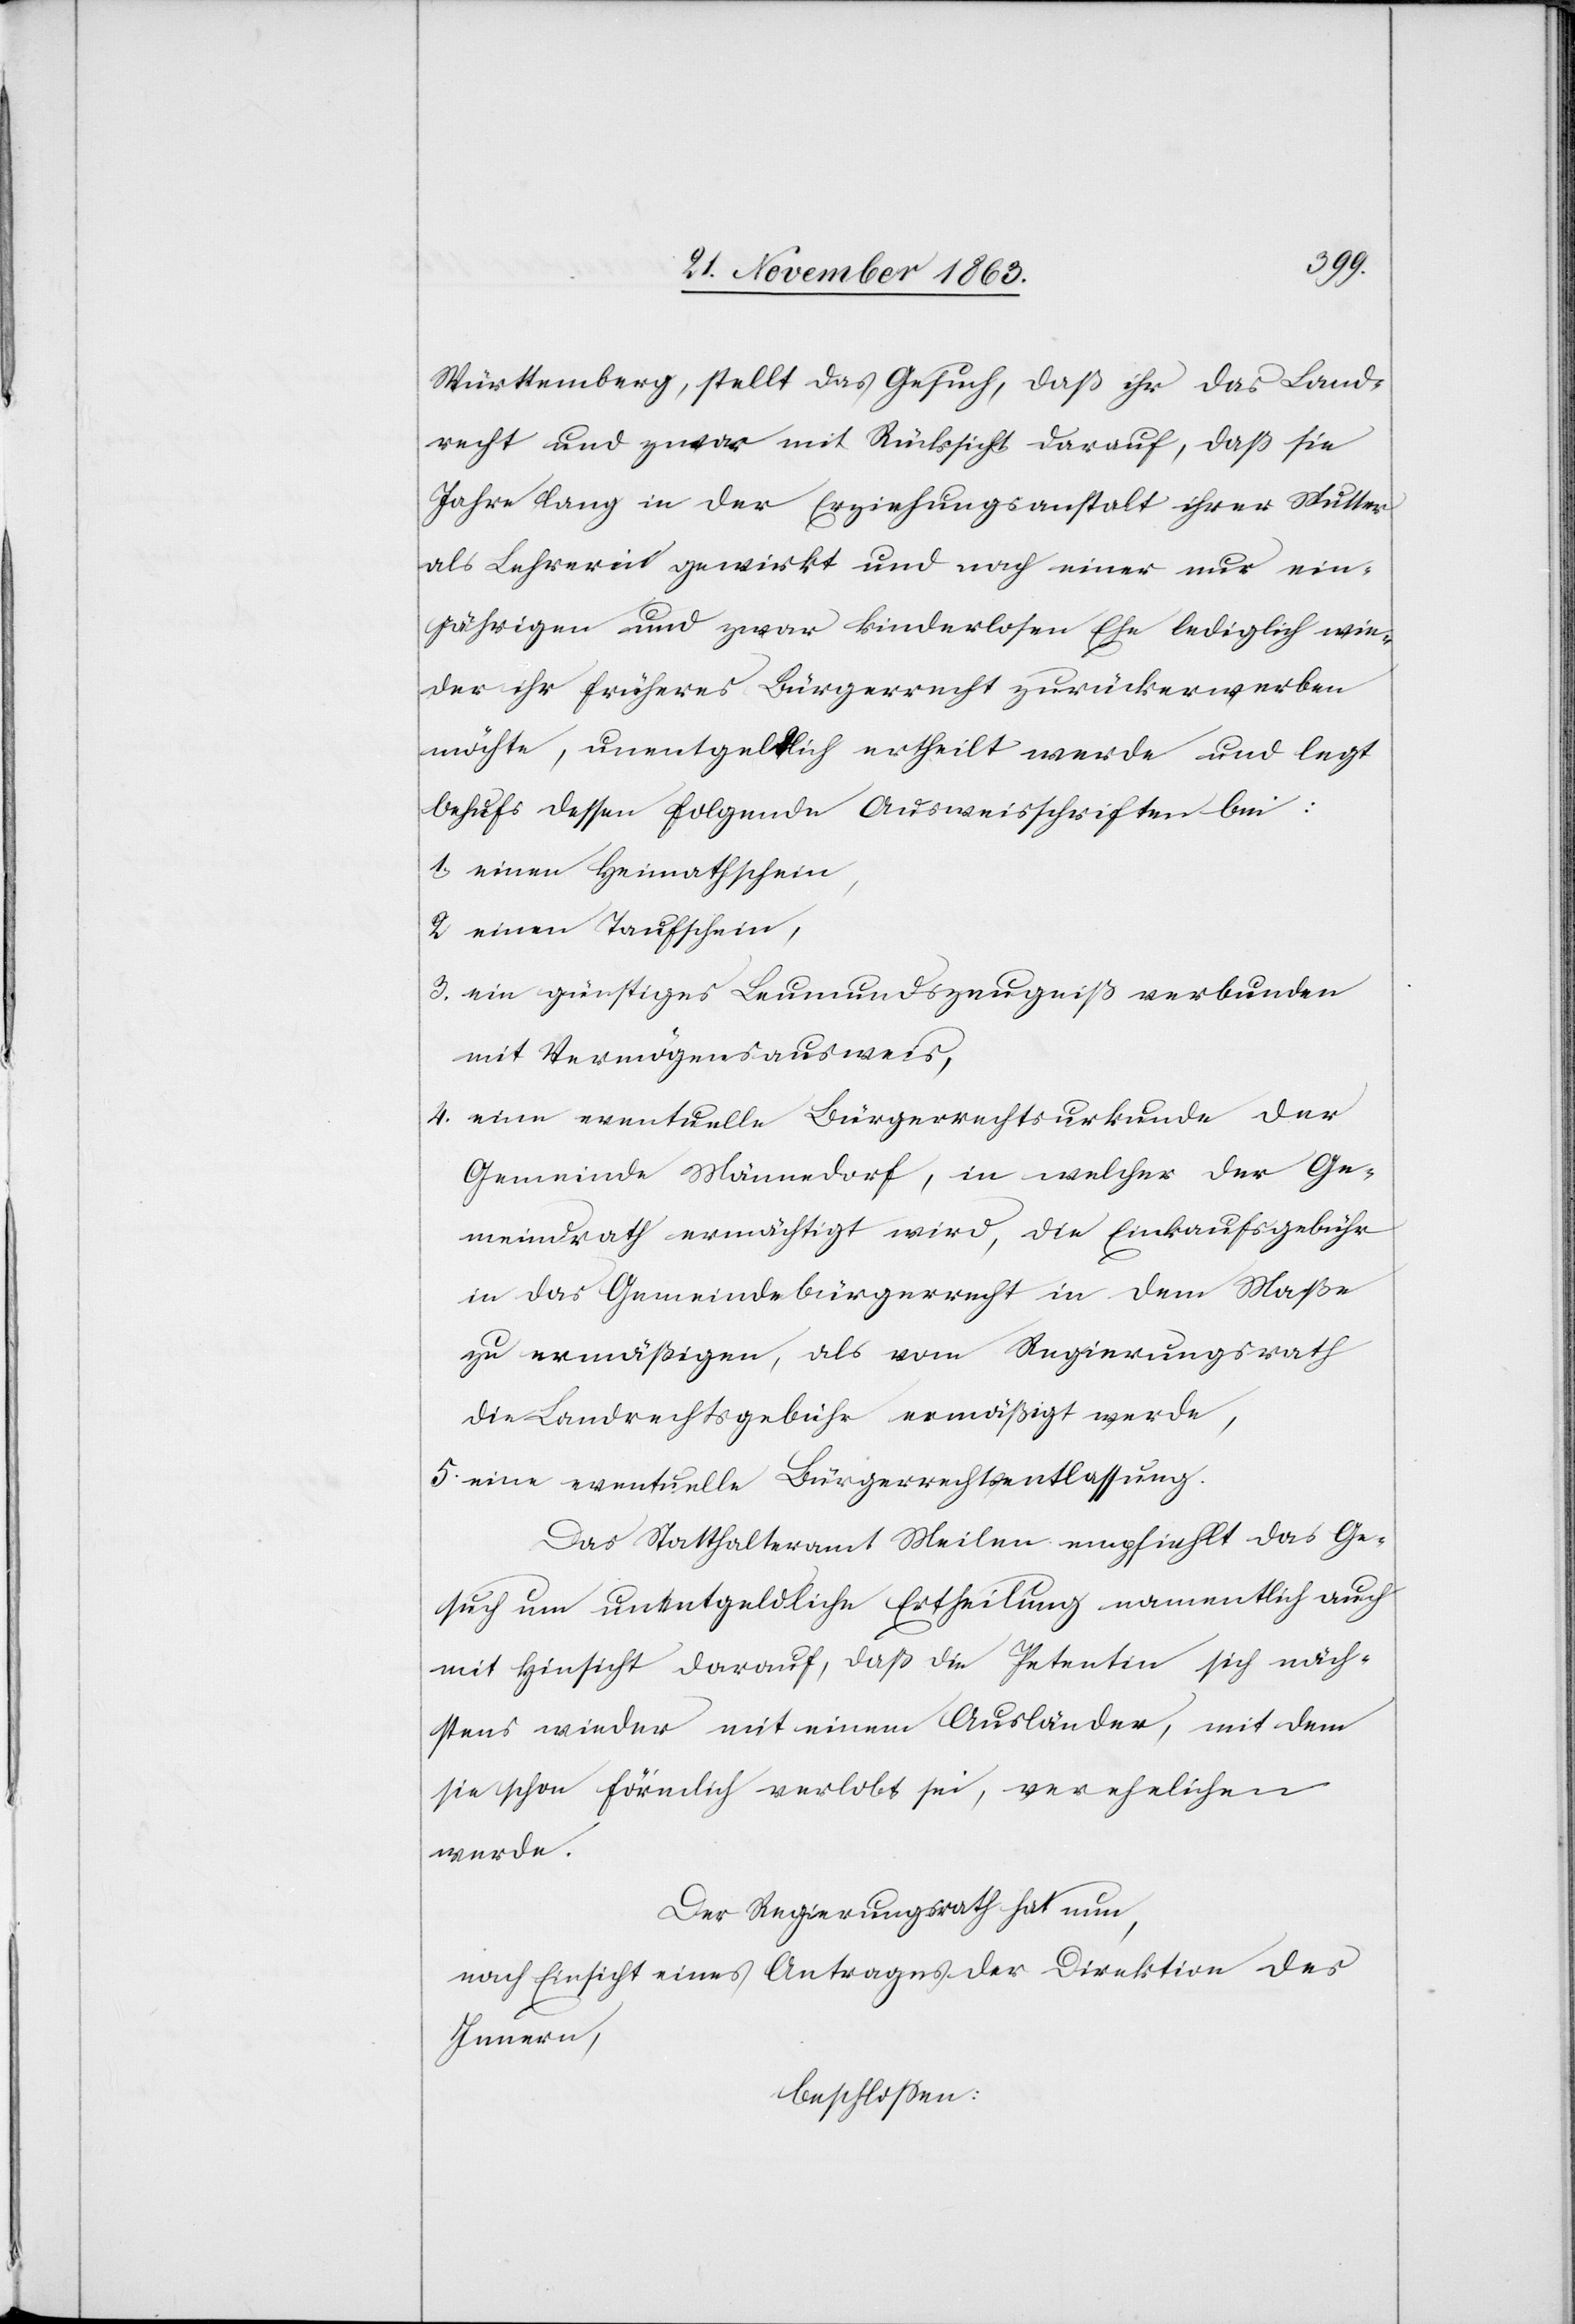
Württemberg, stellt das Gesuch, daß ihr das Land¬
recht und zwar mit Rücksicht darauf, daß sie
Jahre lang in der Erziehungsanstalt ihrer Mutter
als Lehrerin gewirkt und nach einer nur ein¬
jährigen und zwar kinderlosen Ehe lediglich wie¬
der ihr früheres Bürgerrecht zurückerwerben
möchte, unentgeldlich ertheilt werde und legt
behufs dessen folgende Ausweisschriften bei:
1. einen Heimathschein,
2. einen Taufschein,
3. ein günstiges Leumundszeugniß verbunden
mit Vermögensausweis,
4. eine eventuelle Bürgerrechtsurkunde der
Gemeinde Männedorf, in welcher der Ge¬
meindrath ermächtigt wird, die Einkaufsgebühr
in das Gemeindebürgerrecht in dem Maße
zu ermäßigen, als vom Regierungsrath
die Landrechtsgebühr ermäßigt werde,
5. eine eventuelle Bürgerrechtsentlassung.
Das Statthalteramt Meilen empfiehlt das Ge¬
such um unentgeldliche Ertheilung namentlich auch
mit Hinsicht darauf, daß die Petentin sich näch¬
stens wieder mit einem Ausländer, mit dem
sie schon förmlich verlobt sei, verehelichen
werde.
Der Regierungsrath hat nun,
nach Einsicht eines Antrages der Direktion des
Innern,
beschlossen: